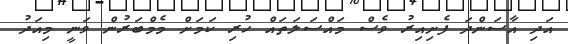
އަދި އާސަންދަ ފެށިއިރު ވެސް މައްސަލަތައް ހުރި ކަމަށް މެމްބަރުން ވަނީ މިއަދު